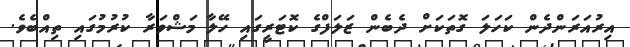
އިރުއަރަންދެން ކަހަލަ ގޮތަކަށް ދެބެން ޒަލަފްގެ ކޮޓަރީގައި ހޭލާ މަޝްވަރާ ކުރުމުގައި ތިއްބެވެ.